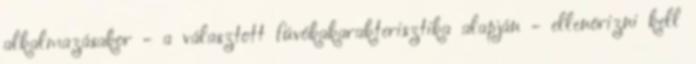
alkalmazásakor - a választott fúvókakarakterisztika alapján - ellenõrizni kell